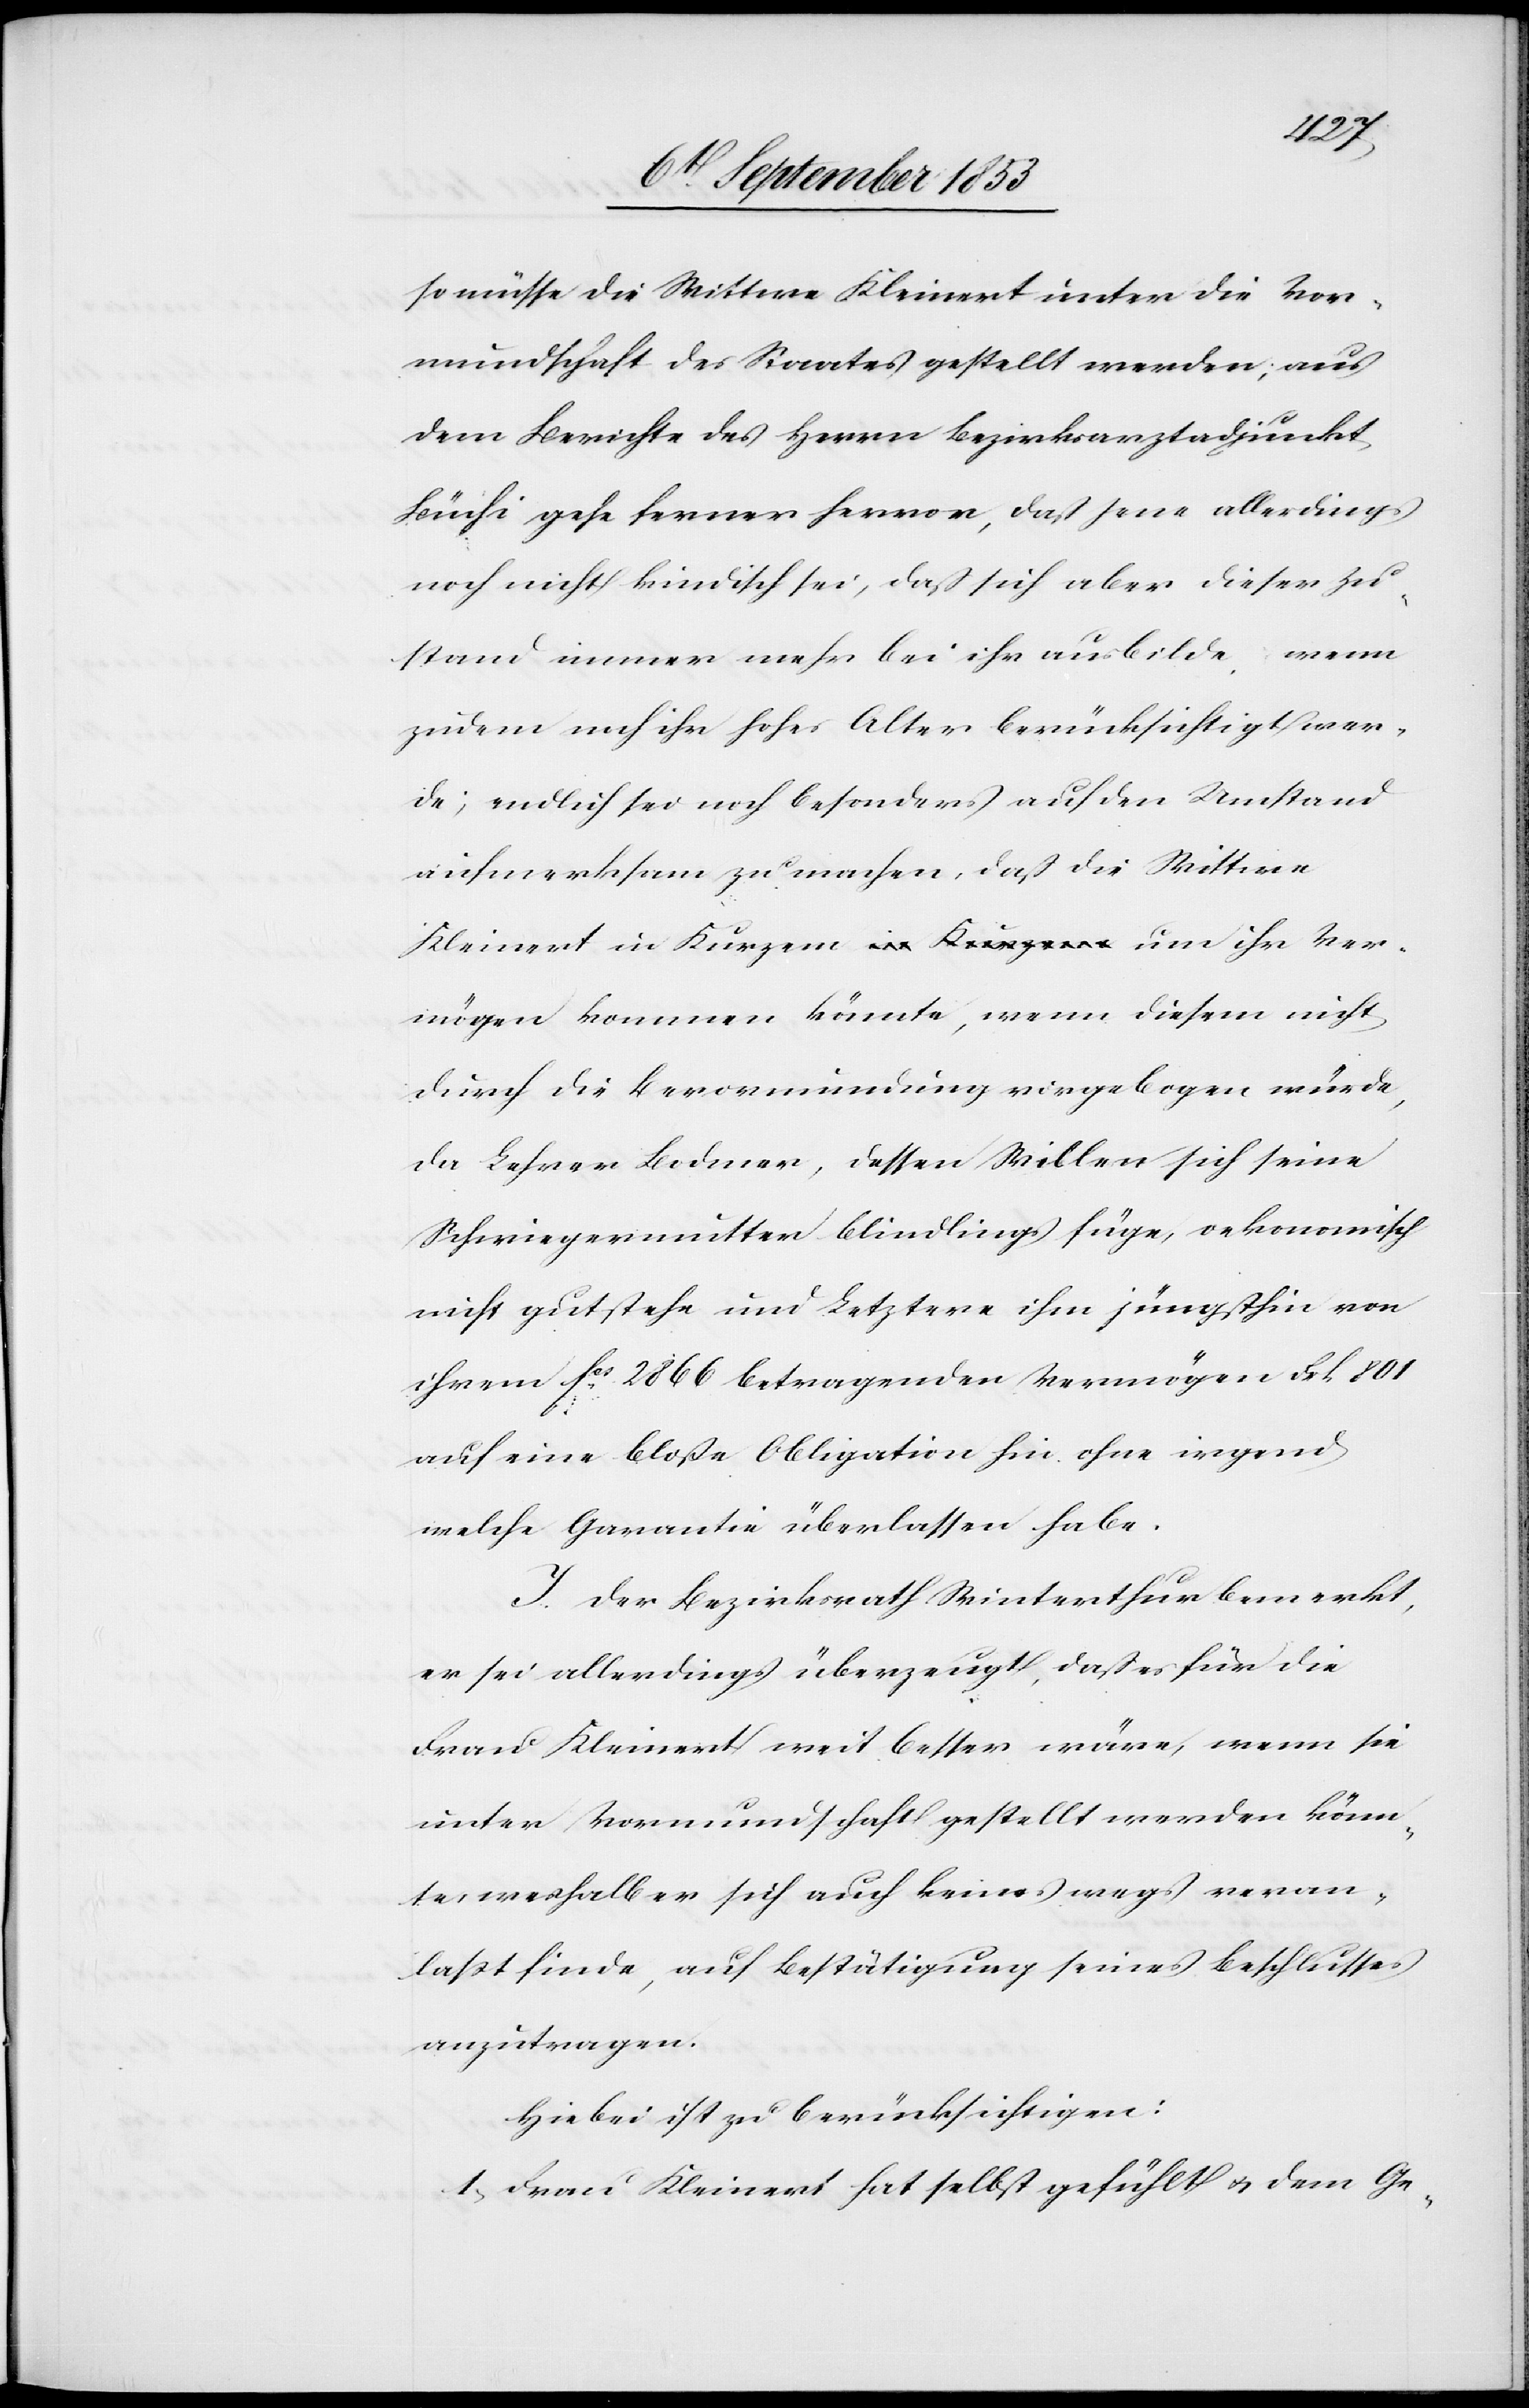
so müsse die Wittwe Kleinert unter die Vor¬
mundschaft des Staates gestellt werden; aus
dem Berichte des Herrn Bezirksarztadjunkt
Büchi gehe ferner hervor, daß jene allerdings
noch nicht kindisch sei, daß sich aber dieser Zu¬
stand immer mehr bei ihr ausbilde, wenn
zudem noch ihr hohes Alter berücksichtigt wer¬
de; endlich sei noch besonders auf den Umstand
aufmerksam zu machen, daß die Wittwe
Kleinert in Kurzem um ihr Ver¬
mögen kommen könnte, wenn diesem nicht
durch die Bevormundung vorgebogen würde,
da Lehrer Bodmer, dessen Willen sich seine
Schwiegermutter blindlings füge, oekonomisch
nicht gutstehe und Letztere ihm jüngsthin von
ihrem fcs 2866 betragenden Vermögen Frk. 801
auf eine bloße Obligation hin ohne irgend
welche Garantie überlassen habe.
J. Der Bezirksrath Winterthur bemerkt,
er sei allerdings überzeugt, daß es für die
Frau Kleinert weit besser wäre, wenn sie
unter Vormundschaft gestellt werden könn¬
te, weshalb er sich auch keineswegs veran¬
laßt finde, auf Bestätigung seines Beschlusses
anzutragen.
Hiebei ist zu berücksichtigen:
1, Frau Kleinert hat selbst gefühlt u. dem Ge-